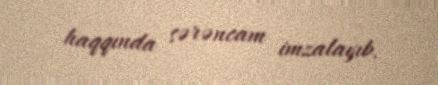
haqqında sərəncam imzalayıb.